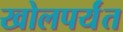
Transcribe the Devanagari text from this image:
खोलपर्यंत